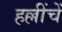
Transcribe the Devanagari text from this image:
हल्लींचें